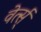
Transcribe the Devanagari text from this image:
वेर्त्स्